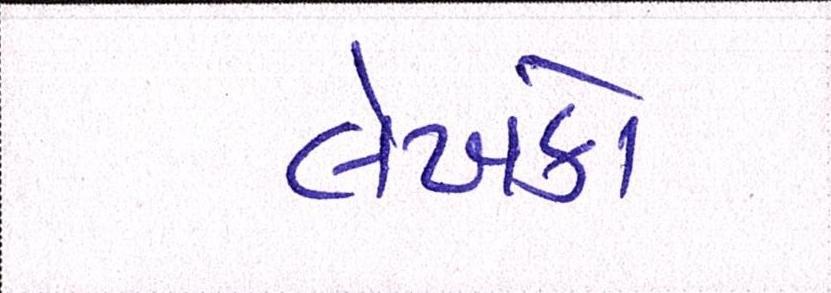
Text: લેખકો